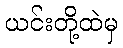
ယင်းတို့ထဲမှ